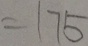
= 1 7 5